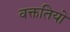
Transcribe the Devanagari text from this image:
वक्ततियो